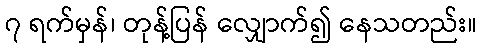
၇ ရက်မှန်၊ တုန့်ပြန် လျှောက်၍ နေသတည်း။